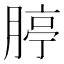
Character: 𦝞